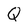
Character: Q